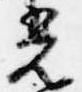
光